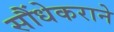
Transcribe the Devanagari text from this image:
सौंधेकराने